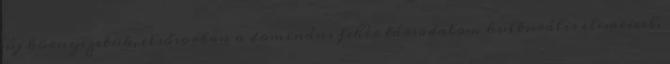
új környezetük, elsősorban a domináns fehér társadalom kulturális elemeivel.